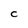
Character: C